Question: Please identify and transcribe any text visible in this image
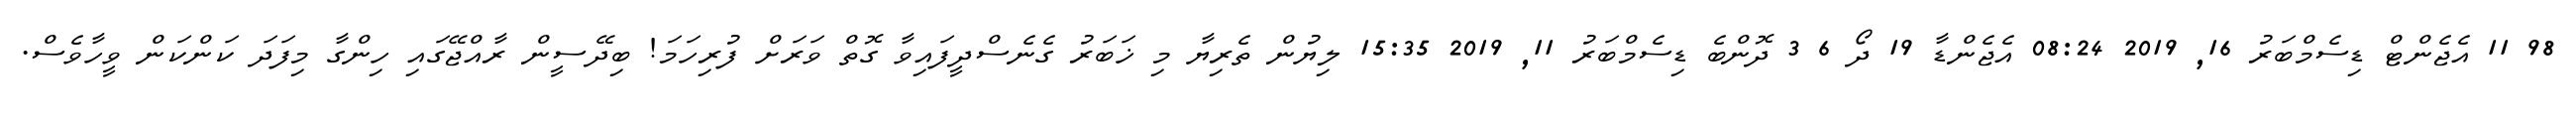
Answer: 98 11 އެޖެންޓް ޑިސެމްބަރު 16, 2019 08:24 އެޖެންޑާ 19 ދޯ 6 3 ދޮންބެ ޑިސެމްބަރު 11, 2019 15:35 ލިޔުން ތެރިޔާ މި ޚަބަރު ގެނެސްދީފައިވާ ގޮތް ވަރަށް ފުރިހަމަ! ބިދޭސީން ރާއްޖޭގައި ހިންގާ މިފަދަ ކަންކަން ވީހާވެސް.